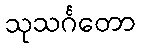
သုသင်္ဂတော